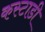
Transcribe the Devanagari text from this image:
कस्टाडी